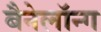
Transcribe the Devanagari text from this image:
बैनेलॉन्ग